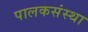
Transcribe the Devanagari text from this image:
पालकसंस्था